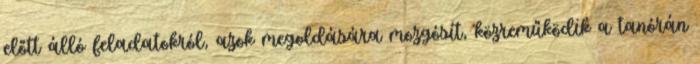
előtt álló feladatokról, azok megoldására mozgósít, közreműködik a tanórán